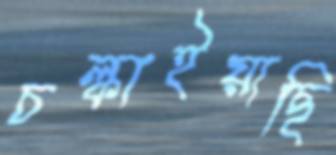
চল্‌কাইয়াছি